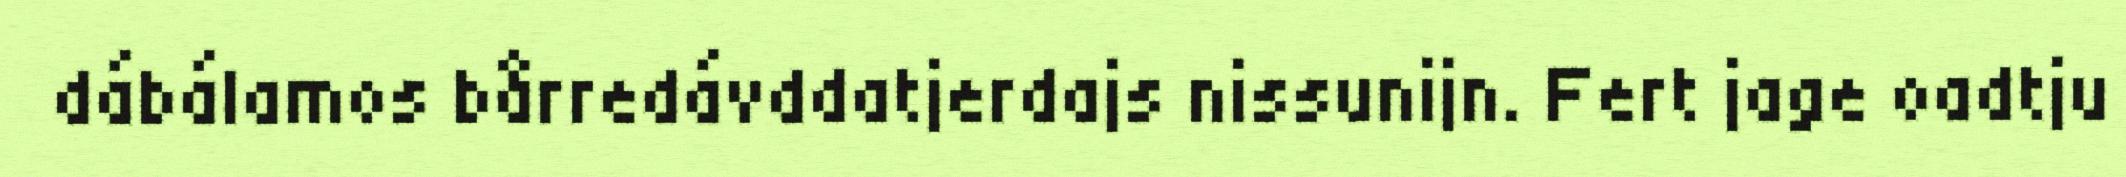
dábálamos bårredávddatjerdajs nissunijn. Fert jage oadtju